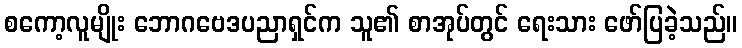
စကော့လူမျိုး ဘောဂဗေဒပညာရှင်က သူ၏ စာအုပ်တွင် ရေးသား ဖော်ပြခဲ့သည်။